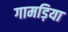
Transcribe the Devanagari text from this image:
गामड़िया